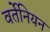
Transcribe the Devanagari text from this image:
वर्तेनियन